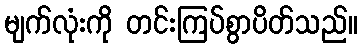
မျက်လုံးကို တင်းကြပ်စွာပိတ်သည်။